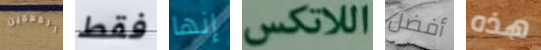
المهمين فقط إنها اللاتكس أفضل هذه